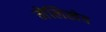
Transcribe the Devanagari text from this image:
मेलिखेव